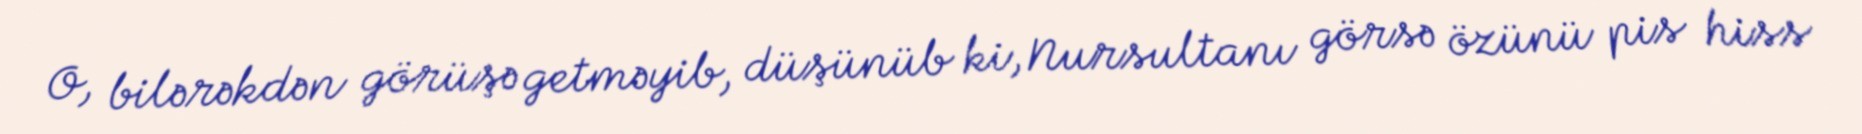
O, bilərəkdən görüşə getməyib, düşünüb ki, Nursultanı görsə özünü pis hiss